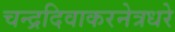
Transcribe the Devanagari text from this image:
चन्द्रदिवाकरनेत्रधरे